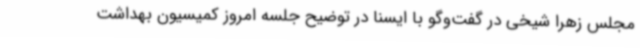
مجلس زهرا شیخی در گفت‌وگو با ایسنا در توضیح جلسه امروز کمیسیون بهداشت